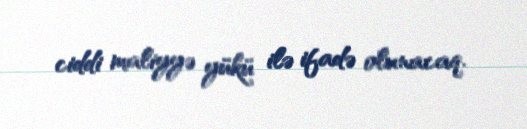
ciddi maliyyə yükü ilə ifadə olunacaq.